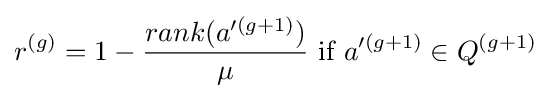
r^{(g)}=1-{\frac {rank(a'^{(g+1)})}{\mu }}{\mbox{ if }}a'^{(g+1)}\in Q^{(g+1)}